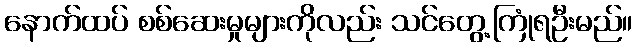
နောက်ထပ် စစ်ဆေးမှုများကိုလည်း သင်တွေ့ကြုံရဦးမည်။